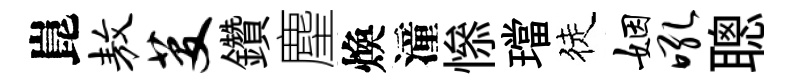
崑敖芟鑽麈煥潼𢡖璫徒姻吼聰